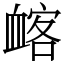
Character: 䘔